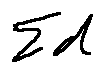
\sum d